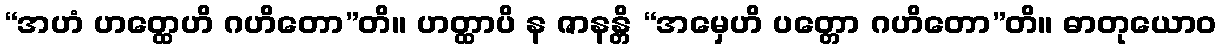
“အဟံ ဟတ္ထေဟိ ဂဟိတော”တိ။ ဟတ္ထာပိ န ဇာနန္တိ “အမှေဟိ ပတ္တော ဂဟိတော”တိ။ ဓာတုယောဝ